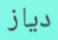
دياز